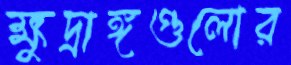
ক্ষুদ্রাঙ্গগুলোর